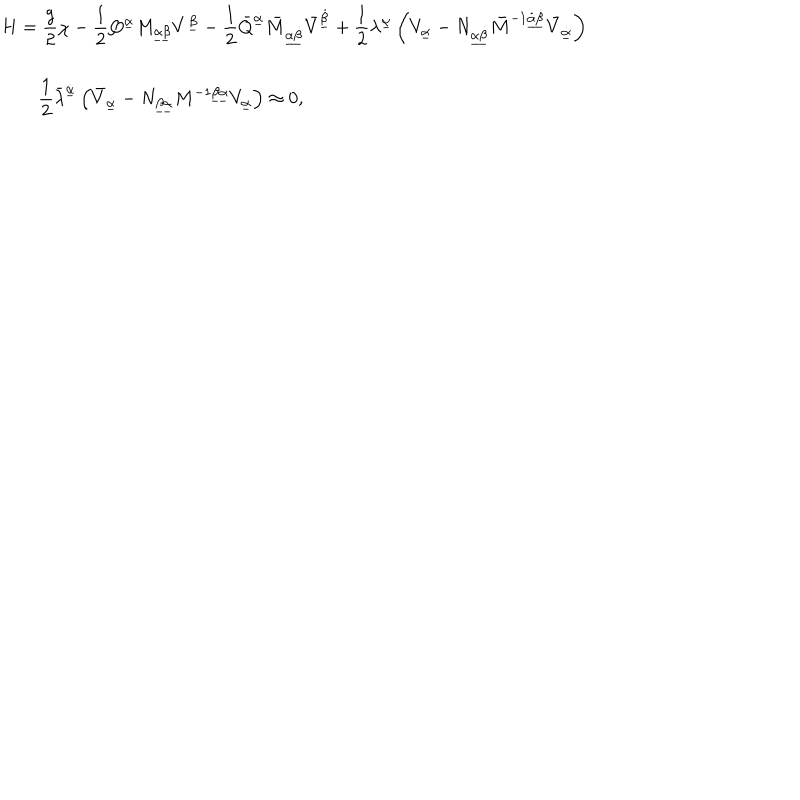
\begin{array} { l } { { { \displaystyle H = \frac { g } { 2 } \chi - \frac 1 2 Q ^ { \underline { { \alpha } } } M _ { \underline { { { \alpha \beta } } } } V ^ { \underline { { \beta } } } - \frac 1 2 \bar { Q } ^ { \underline { { { \dot { \alpha } } } } } \bar { M } _ { \underline { { { \dot { \alpha } \dot { \beta } } } } } \bar { V } ^ { \underline { { { \dot { \beta } } } } } + \frac 1 2 \lambda ^ { \underline { { \alpha } } } \left( V _ { \underline { { \alpha } } } - N _ { \underline { { { \alpha \dot { \beta } } } } } \bar { M } ^ { - 1 \underline { { { \dot { \alpha } \dot { \beta } } } } } \bar { V } _ { \underline { { { \dot { \alpha } } } } } \right) } } } \\ { { \hspace { 2 e m } { \displaystyle \frac 1 2 \bar { \lambda } ^ { \underline { { { \dot { \alpha } } } } } \left( \bar { V } _ { \underline { { { \dot { \alpha } } } } } - N _ { \underline { { { \beta \dot { \alpha } } } } } M ^ { - 1 \underline { { { \beta \alpha } } } } V _ { \underline { { \alpha } } } \right) \approx 0 , } } } \\ \end{array}